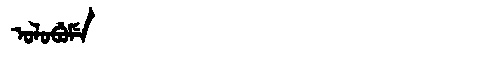
Manchu: ᠣᠯᠣᠪᡠᠮᡝ
Romanization: OLOBUME